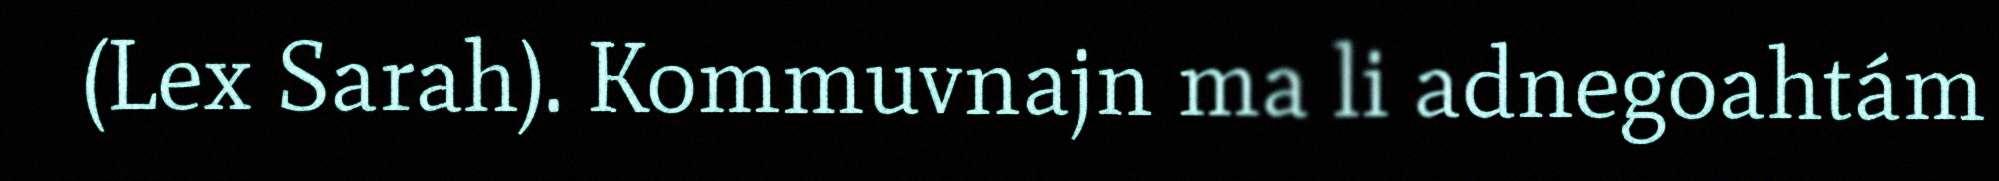
(Lex Sarah). Kommuvnajn ma li adnegoahtám